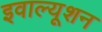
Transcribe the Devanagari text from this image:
इवाल्यूशन